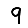
Digit: 9